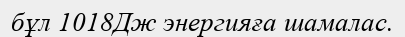
бұл 1018Дж энергияға шамалас.